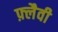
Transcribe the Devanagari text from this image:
फ़्लैवी